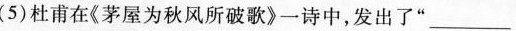
(5)杜甫在《茅屋为秋风所破歌》一诗中，发出了”___